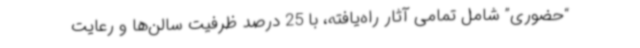
“حضوری” شامل تمامی آثار راه‌یافته، با 25 درصد ظرفیت سالن‌ها و رعایت